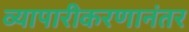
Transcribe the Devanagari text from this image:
व्यापारीकरणानंतर